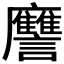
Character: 𲂁